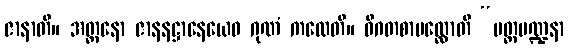
ဇာနာတိ။ အတ္တနော ဇာနနဋ္ဌာနေယေဝ ဂုဏံ ကထေတိ။ ဝိဂတစာပလ္လောတိ “ပတ္တမဏ္ဍနာ